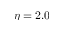
\eta = 2 . 0